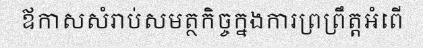
ឪកាសសំរាប់សមត្ថកិច្ចក្នងការព្រព្រឹត្តអំពើ